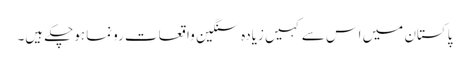
پاکستان میں اس سے کہیں زیادہ سنگین واقعات رونما ہوچکے ہیں۔